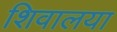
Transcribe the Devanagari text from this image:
शिवालया